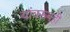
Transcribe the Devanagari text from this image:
यांवरूनही